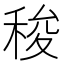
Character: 稄